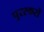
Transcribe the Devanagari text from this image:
पुरस्करों